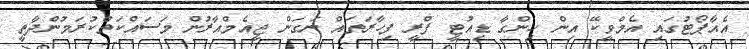
އެއާޕޯޓުގައި އެމްވީކޭ އިން ހިންގާ ޑިއުޓީ ފްރީ ފިހާރަތައް ނަގަން ޖީއެމްއާރުން މަސައްކަތްކުރަމުންދާތީ